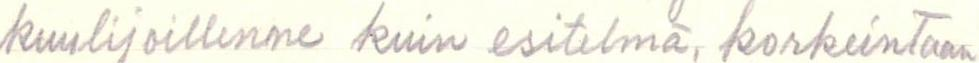
kuulijoillenne kuin esitelmä, korkeintaan